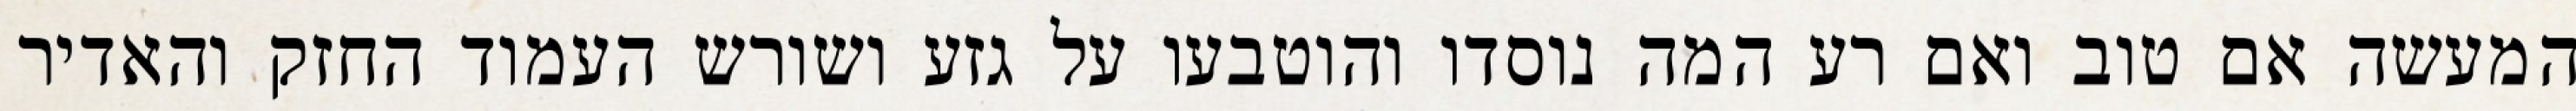
המעשה אם טוב ואם רע המה נוסדו והוטבעו על גזע ושורש העמוד החזק והאדיר